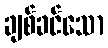
ချစ်ခင်သော